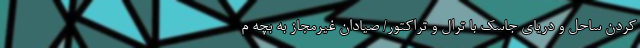
کردن ساحل و دریای جاسک با ترال و تراکتور/ صیادان غیرمجاز به بچه م